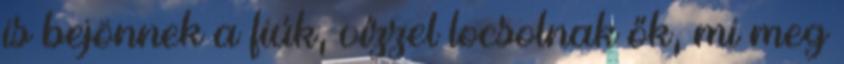
is bejönnek a fiúk, vízzel locsolnak ők, mi meg